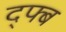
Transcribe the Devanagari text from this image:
द्फ्ब